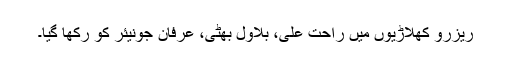
ریزرو کھلاڑیوں میں راحت علی، بلاول بھٹی، عرفان جونیئر کو رکھا گیا۔